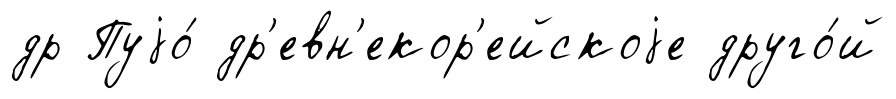
др Пуjо́ др'евн'екор'ейскоjе друго́й